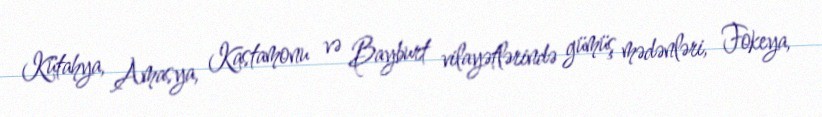
Kütahya, Amasya, Kastamonu və Bayburt vilayətlərində gümüş mədənləri, Fokeya,